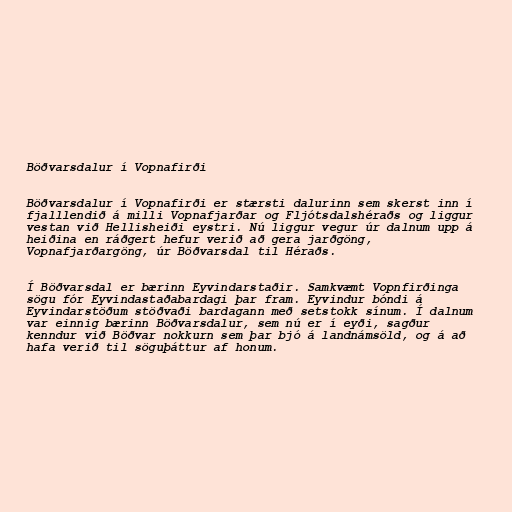
Böðvarsdalur í Vopnafirði

Böðvarsdalur í Vopnafirði er stærsti dalurinn sem skerst inn í
fjalllendið á milli Vopnafjarðar og Fljótsdalshéraðs og liggur
vestan við Hellisheiði eystri. Nú liggur vegur úr dalnum upp á
heiðina en ráðgert hefur verið að gera jarðgöng,
Vopnafjarðargöng, úr Böðvarsdal til Héraðs.

Í Böðvarsdal er bærinn Eyvindarstaðir. Samkvæmt Vopnfirðinga
sögu fór Eyvindastaðabardagi þar fram. Eyvindur bóndi á
Eyvindarstöðum stöðvaði bardagann með setstokk sínum. Í dalnum
var einnig bærinn Böðvarsdalur, sem nú er í eyði, sagður
kenndur við Böðvar nokkurn sem þar bjó á landnámsöld, og á að
hafa verið til söguþáttur af honum.